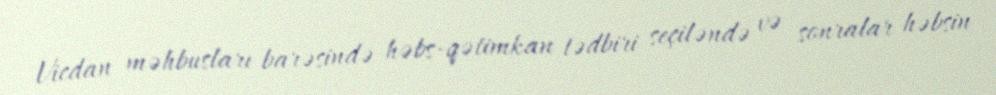
Vicdan məhbusları barəsində həbs-qətimkan tədbiri seçiləndə və sonralar həbsin